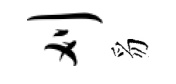
刈豸